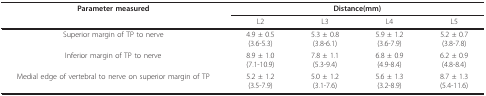
| Parameter measured | <COLSPAN=4> Distance(mm) |
 |  | L2 | L3 | L4 | L5 |
 | --- | --- | --- | --- | --- |
 | Superior margin of TP to nerve | 4.9 ± 0.5(3.6-5.3) | 5.3 ± 0.8(3.8-6.1) | 5.9 ± 1.2(3.6-7.9) | 5.2 ± 0.7(3.8-7.8) |
 | Inferior margin of TP to nerve | 8.9 ± 1.0(7.1-10.9) | 7.8 ± 1.1(5.3-9.4) | 6.8 ± 0.9(4.9-8.4) | 6.2 ± 0.9(4.8-8.4) |
 | Medial edge of vertebral to nerve on superior margin of TP | 5.2 ± 1.2(3.5-7.9) | 5.0 ± 1.2(3.1-7.6) | 5.6 ± 1.3(3.2-8.9) | 8.7 ± 1.3(5.4-11.6) |